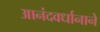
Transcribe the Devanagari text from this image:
आनंदवर्धानाने